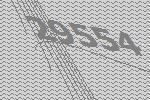
29554